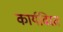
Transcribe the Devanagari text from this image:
कार्यविरत